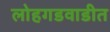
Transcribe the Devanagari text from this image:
लोहगडवाडीत